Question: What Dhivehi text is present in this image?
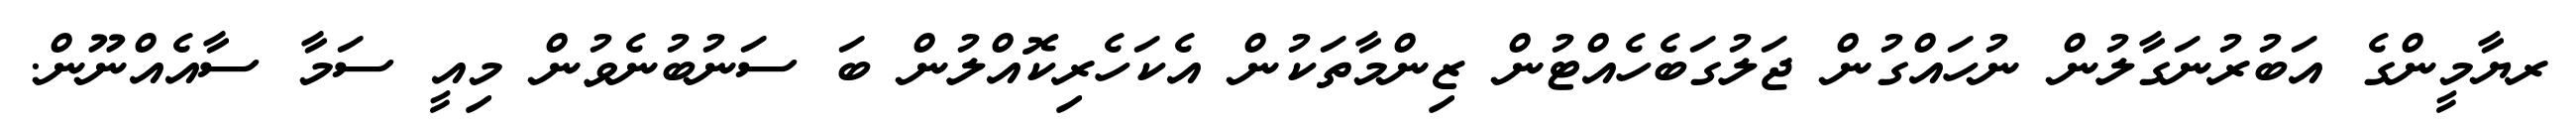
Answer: ރޔާމީންގެ އަބުރުނަގާލުން ނުހައްގުން ޖަލުގަބެހެއްޓުން ޒިންމާތަކުން އެކަހެރިކޮއްލުން ބަ ސަނުބުނެވުން މިއީ ސަމާ ސާއެއްނޫން.